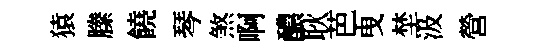
猿縢饒琴煞啊醲耿芭曳埜汲營